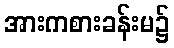
အားကစားခန်းမ၌